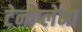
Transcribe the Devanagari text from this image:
टेनोप्लेना